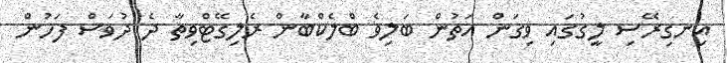
އިނގިރޭސި ލީގުގައި ވިގަން އަތުން ބަލިވެ ބްލެކްބާން ރެލިގޭޓްވިތާ ދެ ދުވަސް ފަހުން